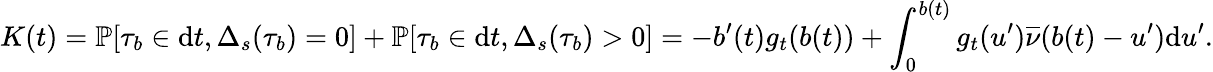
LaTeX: K(t)=\mathbb{P}[\tau_{b}\in\mathrm{d}t,\Delta_{s}(\tau_{b})=0]+\mathbb{P}[\tau_{b}\in\mathrm{d}t,\Delta_{s}(\tau_{b})>0]=-b^{\prime}(t)g_{t}(b(t))+\int_{0}^{b(t)}g_{t}(u^{\prime})\overline{\nu}(b(t)-u^{\prime})\mathrm{d}u^{\prime}.